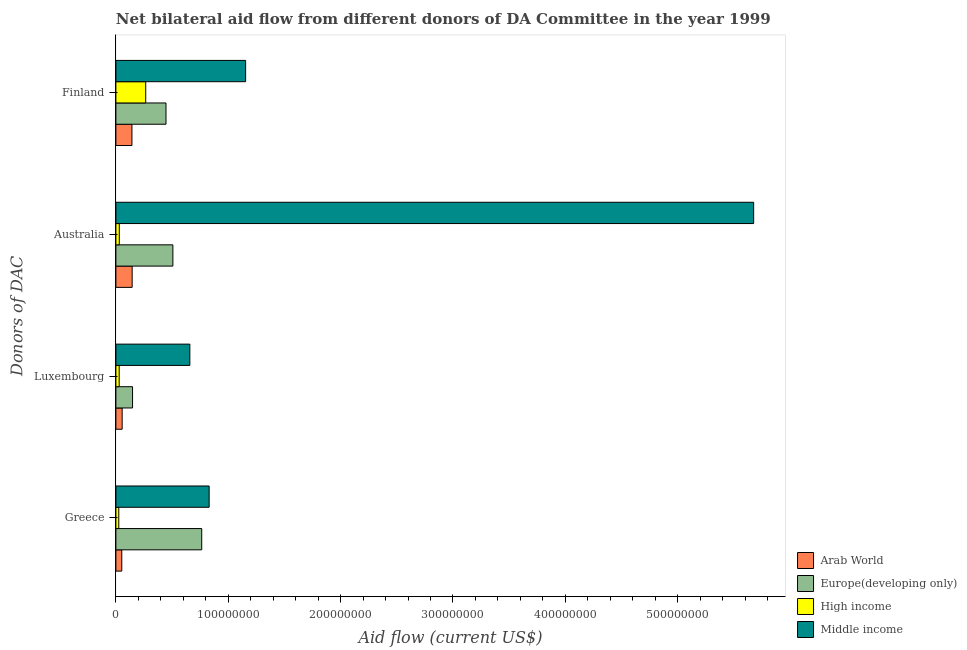
| Donors of DAC | Arab World | Europe(developing only) | High income | Middle income |
 | --- | --- | --- | --- | --- |
 | Greece | 5.24e+06 | 7.64e+07 | 2.57e+06 | 8.3e+07 |
 | Luxembourg | 5.58e+06 | 1.48e+07 | 2.93e+06 | 6.58e+07 |
 | Australia | 1.45e+07 | 5.07e+07 | 3.03e+06 | 5.68e+08 |
 | Finland | 1.43e+07 | 4.46e+07 | 2.66e+07 | 1.15e+08 |